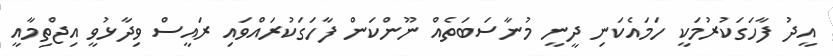
އީދު ފާހަގަކުރުމަކީ ހަމައެކަނި ދީނީ މުނާސަބަތެއް ނޫންކަން ފާހަގަކުރައްވައި ރައީސް ވިދާޅުވީ އިޖްތިމާއީ